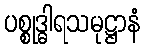
ပစ္စုဒ္ဓါရသမုဋ္ဌာနံ